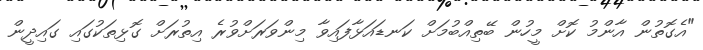
"އެގޮތުން އާންމު ކޮށް މީހުން ބޭތިއްބުމަށް ކަނޑައަޅާފައިވާ މިންވަރަށްވުރެ އިތުރަށް ގޮޅިތަކުގައި ގައިދީން